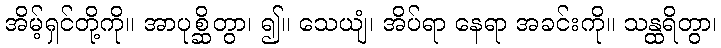
အိမ့်ရှင်တို့ကို။ အာပုစ္ဆိတွာ၊ ၍။ သေယျံ၊ အိပ်ရာ နေရာ အခင်းကို။ သန္ထရိတွာ၊